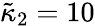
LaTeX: \tilde{\kappa}_{2}=10